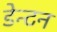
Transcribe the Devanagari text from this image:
डेन्टन